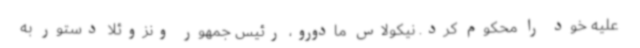
علیه خود را محکوم کرد. نیکولاس مادورو، رئیس جمهور ونزوئلا دستور به